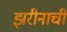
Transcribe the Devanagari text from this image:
झरीनाची